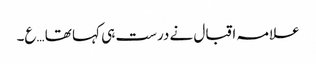
علامہ اقبال نے درست ہی کہا تھا …ع۔